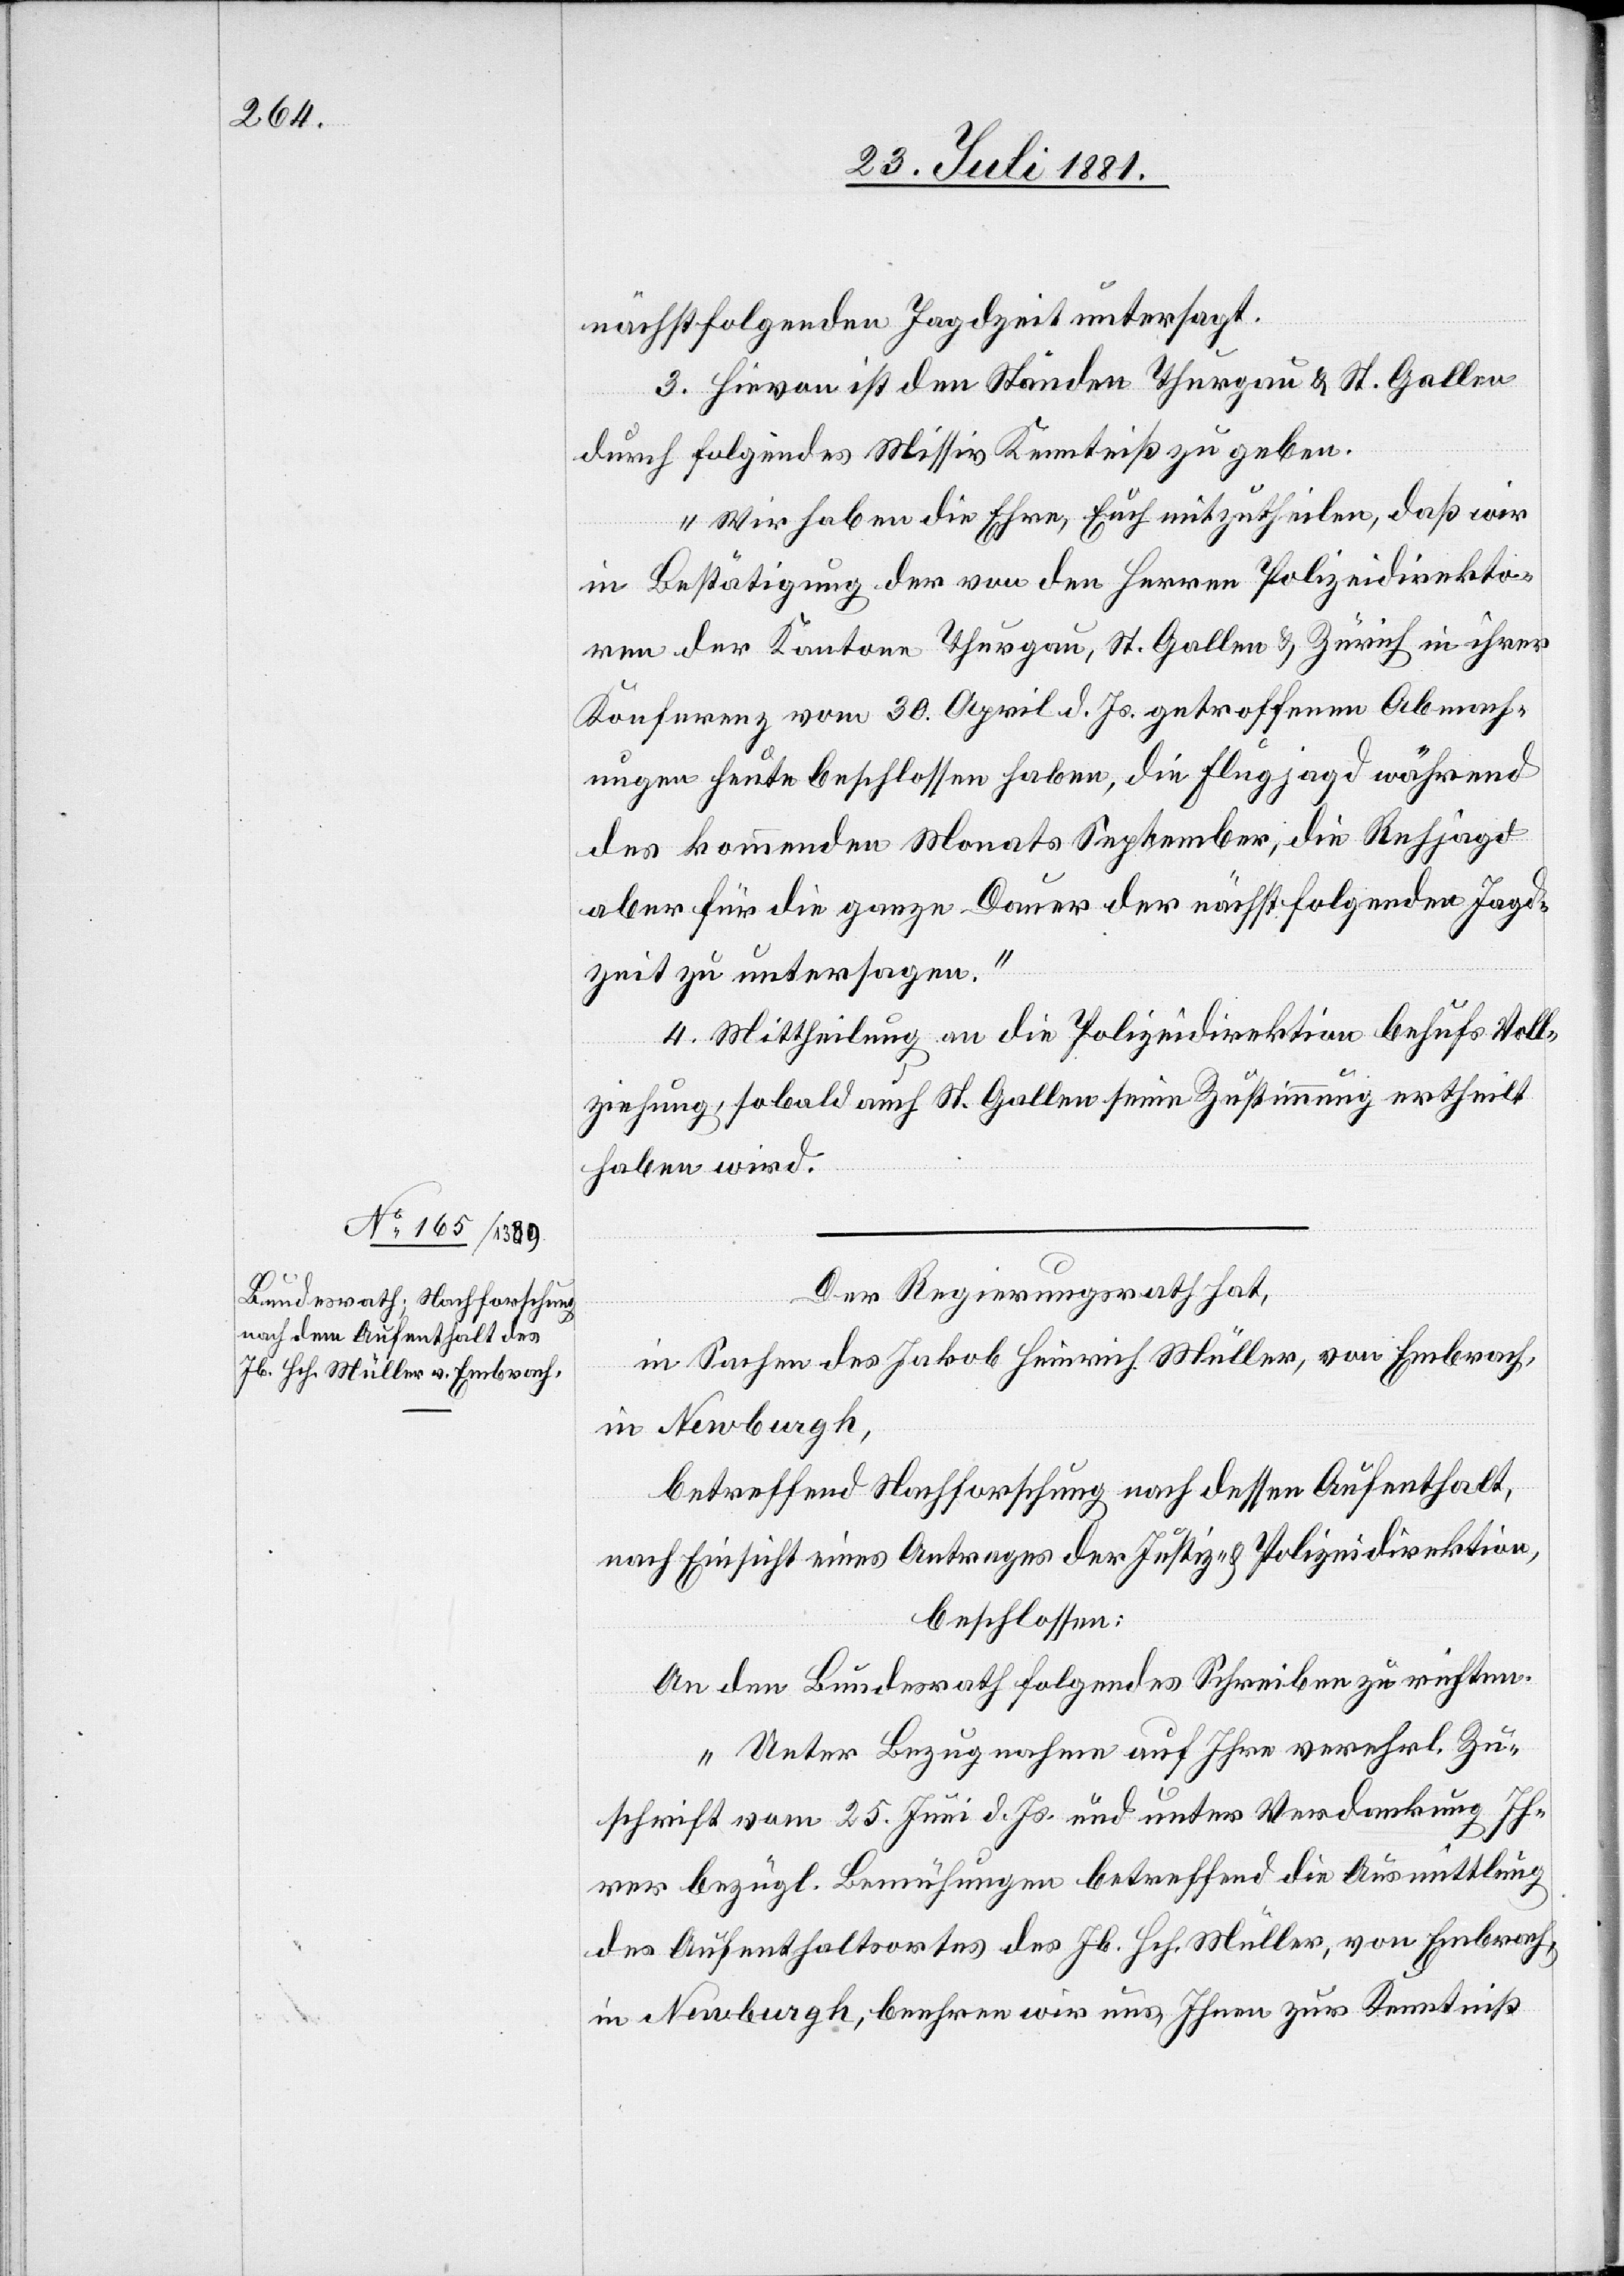
nächstfolgenden Jagdzeit untersagt.
3. Hievon ist den Ständen Thurgau & St. Gallen
durch folgendes Missiv Kenntniß zu geben.
„Wir haben die Ehre, Euch mitzutheilen, daß wir
in Bestätigung der von den Herren Polizeidirekto¬
ren der Kantone Thurgau, St. Gallen & Zürich in ihrer
Konferenz vom 30. April d. Js. getroffenen Abmach¬
ungen heute beschlossen haben, die Flugjagd während
des kommenden Monats September, die Rehjagd
aber für die ganze Dauer der nächstfolgenden Jagd¬
zeit zu untersagen.“
4. Mittheilung an die Polizeidirektion behufs Voll¬
ziehung, sobald auch St. Gallen seine Zustimmung ertheilt
haben wird.
Der Regierungsrath hat,
in Sachen des Jakob Heinrich Müller, von Embrach,
in Newburgh,
betreffend Nachforschung nach dessen Aufenthalt,
nach Einsicht eines Antrages der Justiz- & Polizeidirektion,
beschlossen:
An den Bundesrath folgendes Schreiben zu richten:
„Unter Bezugnahme auf Ihre verehrl. Zu¬
schrift vom 25. Juni d. Js. und unter Verdankung Ih¬
rer bezügl. Bemühungen betreffend die Ausmittlung
des Aufenthaltes des Jb. Hch. Müller, von Embrach,
in Newburgh, beehren wir uns Ihnen zur Kenntniß